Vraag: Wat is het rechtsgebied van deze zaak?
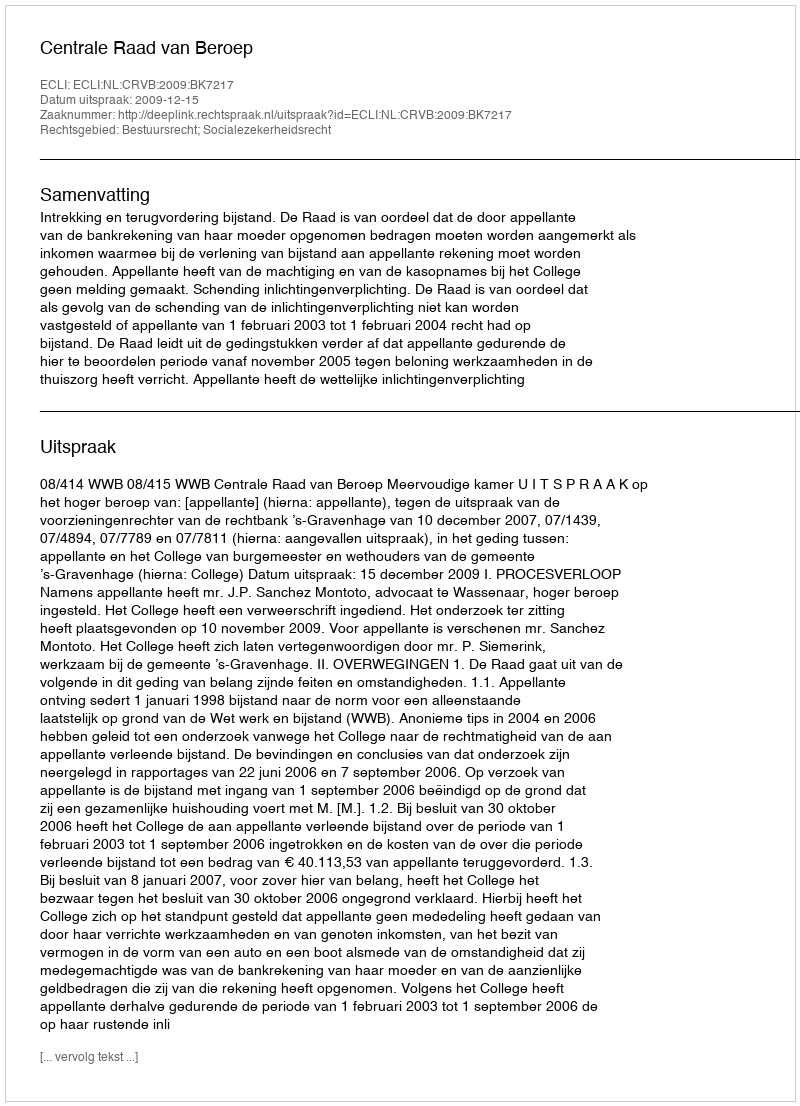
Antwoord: Bestuursrecht; Socialezekerheidsrecht